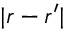
| \boldsymbol { r } - \boldsymbol { r } ^ { \prime } |